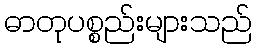
ဓာတုပစ္စည်းများသည်